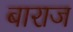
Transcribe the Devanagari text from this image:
बाराज